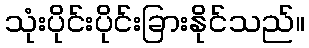
သုံးပိုင်းပိုင်းခြားနိုင်သည်။